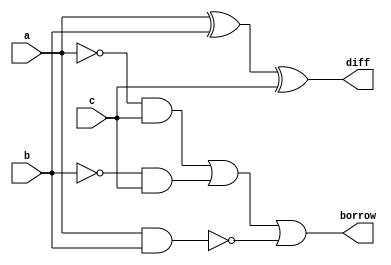
//  Verilog Code Full Subractor using Behavioral Modelling

module full_sub(
    input a,
    input b,
    input c,
    output reg diff,
    output reg borrow
    );
    always @(*)
    begin
    diff = a^b^c;
    borrow = (~a&c)|(~b&c)|~(a&b); 
    end
    endmodule